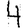
Digit: 4